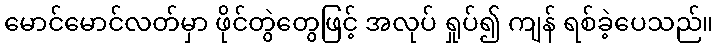
မောင်မောင်လတ်မှာ ဖိုင်တွဲတွေဖြင့် အလုပ် ရှုပ်၍ ကျန် ရစ်ခဲ့ပေသည်။